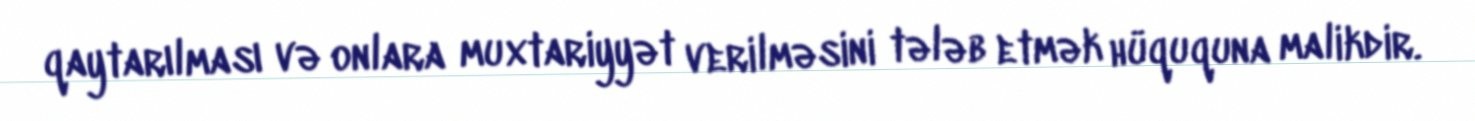
qaytarılması və onlara muxtariyyət verilməsini tələb etmək hüququna malikdir.